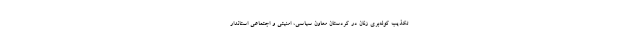
تکذیب کوله‌بری زنان در کردستان معاون سیاسی، امنیتی و اجتماعی استاندار